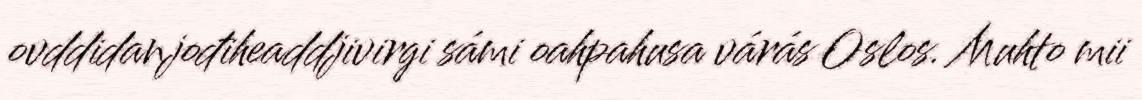
ovddidanjođiheaddjivirgi sámi oahpahusa várás Oslos. Muhto mii